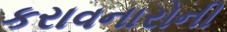
કરાવનારોની